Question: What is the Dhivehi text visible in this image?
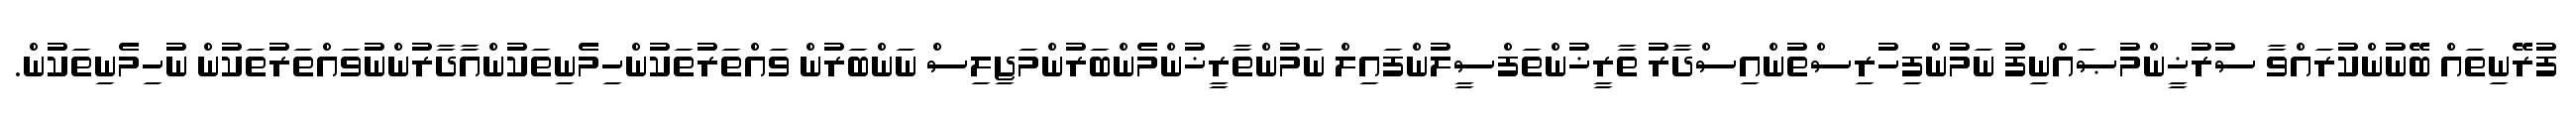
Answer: ފުރޭނިތައް ބޭނުންކުރައްވާ ސުރުޚީންމުޞައްނިފު ނަމުންފިހުރިސްތުންއިސްދާރު ތާރީޚުންތަފްސީލުންފައިލް ނަމުންތާރީޚުންމެންބަރުންމަޖިލިސް ނަންބަރުން ވައްތަރުތަކުންހިމެނިތަކުންއާދާރުންނުވައްތަރުތަކުން ނުހިމެނިތަކުން.